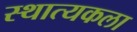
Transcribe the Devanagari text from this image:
स्थात्यकला